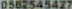
0582545427